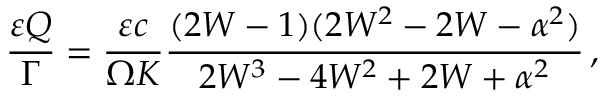
\frac { \varepsilon Q } { \Gamma } = \frac { \varepsilon c } { \Omega K } \frac { ( 2 W - 1 ) ( 2 W ^ { 2 } - 2 W - \alpha ^ { 2 } ) } { 2 W ^ { 3 } - 4 W ^ { 2 } + 2 W + \alpha ^ { 2 } } \, ,